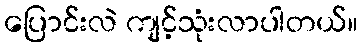
ပြောင်းလဲ ကျင့်သုံးလာပါတယ်။